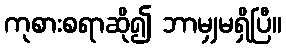
ကုစားစရာဆို၍ ဘာမျှမရှိပြီ။